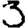
Digit: 3